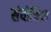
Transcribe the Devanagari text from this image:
संयोजिका